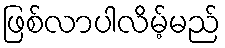
ဖြစ်လာပါလိမ့်မည်